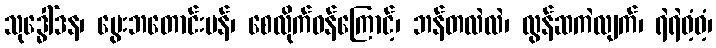
သုဒ္ဓေါ်ဒန၊ မွေးဘတောင်းပန်၊ စေလိုက်ဝန်ကြောင့်၊ ဘန်တလဲလဲ၊ လွန်ဆကဲလျက်၊ ရဲရဲဝံ့ဝံ့၊